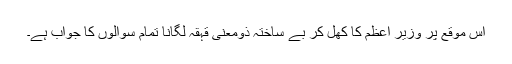
اس موقع پر وزیر اعظم کا کھل کر بے ساختہ ذومعنی قہقہ لگانا تمام سوالوں کا جواب ہے۔